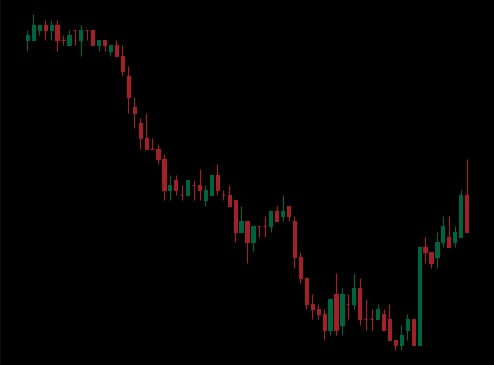
Pattern: bull_flag